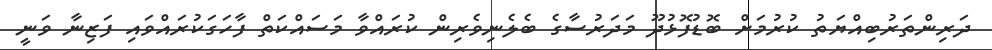
ދަރިންތަރުބިއްޔަތު ކުރުމަށް ބޮޑުފޮޅުދޫ މަދަރުސާގެ ބެލެނިވެރިން ކުރައްވާ މަސައްކަތް ފާހަގަކުރައްވައި ފަޒިނާ ވަނީ